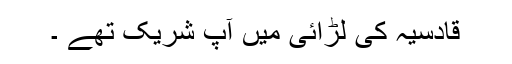
قادسیہ کی لڑائی میں آپ شریک تھے ۔